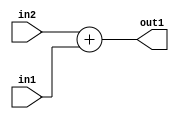
`timescale 1ps / 1ps
/*****************************************************************************
    Verilog RTL Description
    
    
    Created by: Stratus DpOpt 21.05.01 
*******************************************************************************/

module dut_Add_3Ux3U_4U_1 (
	in2,
	in1,
	out1
	); /* architecture "behavioural" */ 
input [2:0] in2,
	in1;
output [3:0] out1;
wire [3:0] asc001;

assign asc001 = 
	+(in2)
	+(in1);

assign out1 = asc001;
endmodule

/* CADENCE  urnwSgg= : u9/ySxbfrwZIxEzHVQQV8Q== ** DO NOT EDIT THIS LINE ******/